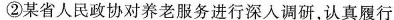
②某省人民政协对养老服务进行深入调研，认真履行